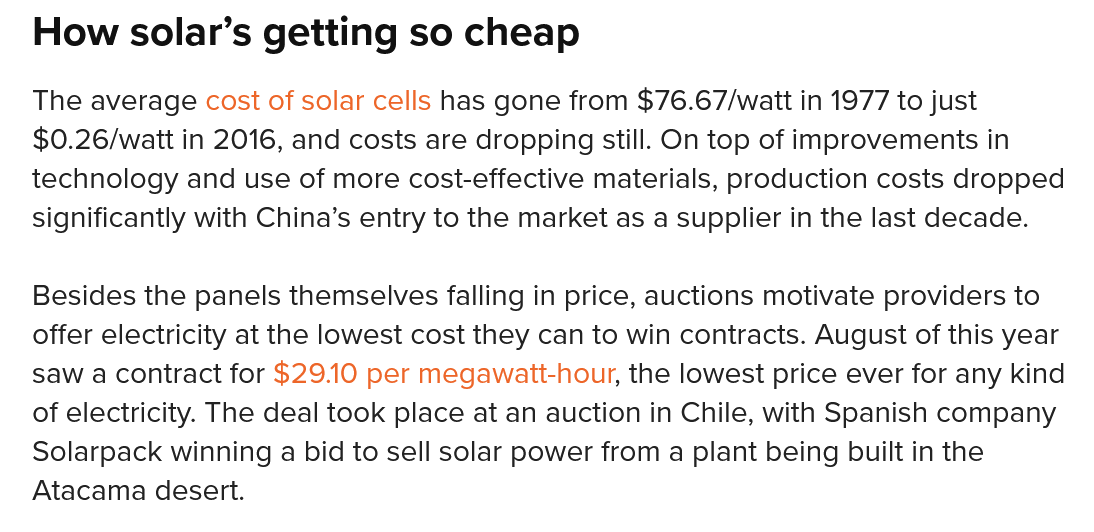
How solar’s    getting   so  cheap
   The average cost of solar cells has gone from $76.67/watt in 1977 to just
   $0.26/watt in 2016, and costs are dropping still. On top of improvements in
   technology and use of more cost-effective materials, production costs dropped
   significantly with China’s entry to the market as a supplier in the last decade.
   Besides the panels themselves falling in price, auctions motivate providers to
   offer electricity at the lowest cost they can to win contracts. August of this year
   saw a contract for $29.10 per megawatt-hour, the lowest price ever for any kind
   of electricity. The deal took place at an auction in Chile, with Spanish company
   Solarpack winning a bid to sell solar power from a plant being built in the
   Atacama desert.